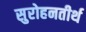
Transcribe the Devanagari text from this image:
सुरोहनतीर्थ